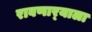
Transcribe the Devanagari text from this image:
राबणार्‍याला